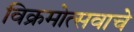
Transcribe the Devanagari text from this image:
विक्रमोत्सवाचे